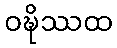
ဝဍ္ဎိဿထ